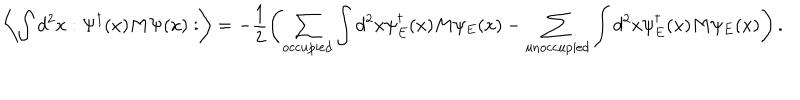
\left\langle \int d ^ { 2 } x : \Psi ^ { \dagger } ( x ) M \Psi ( x ) : \right\rangle = - \frac { 1 } { 2 } \left( \sum _ { \mathrm { o c c u p i e d } } \int d ^ { 2 } x \psi _ { E } ^ { \dagger } ( x ) M \psi _ { E } ( x ) - \sum _ { \mathrm { u n o c c u p i e d } } \int d ^ { 2 } x \psi _ { E } ^ { \dagger } ( x ) M \psi _ { E } ( x ) \right) .